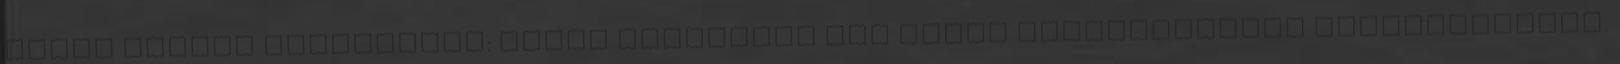
tenni vegyes házasságok: római katolikus pap előtt megkötendőnek nyilvánította.